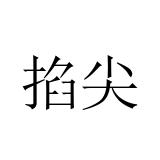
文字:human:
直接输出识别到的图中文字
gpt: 掐尖